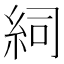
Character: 𥿆